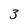
Character: 3